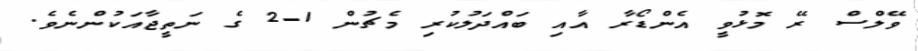
ވޭލްސް ރޭ މޮޅުވީ އެންޑޯރާ އާއި ބައްދަލުކުރި މެޗުން 1-2 ގެ ނަތީޖާއަކުންނެވެ.